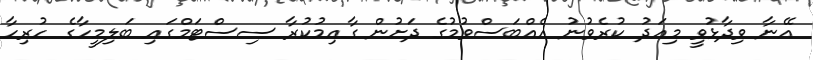
އޭނާ ވިދާޅުވީ މިއަދު ކުރެވުނު އެއްބަސްވުމުގެ ދަށުން ގާއިމުކުރާ ސިސްޓަމްގައި ބަލިމީހާގެ ހުރިހާ